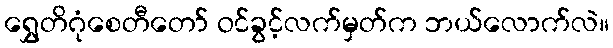
ရွှေတိဂုံစေတီတော် ဝင်ခွင့်လက်မှတ်က ဘယ်လောက်လဲ။